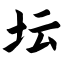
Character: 坛